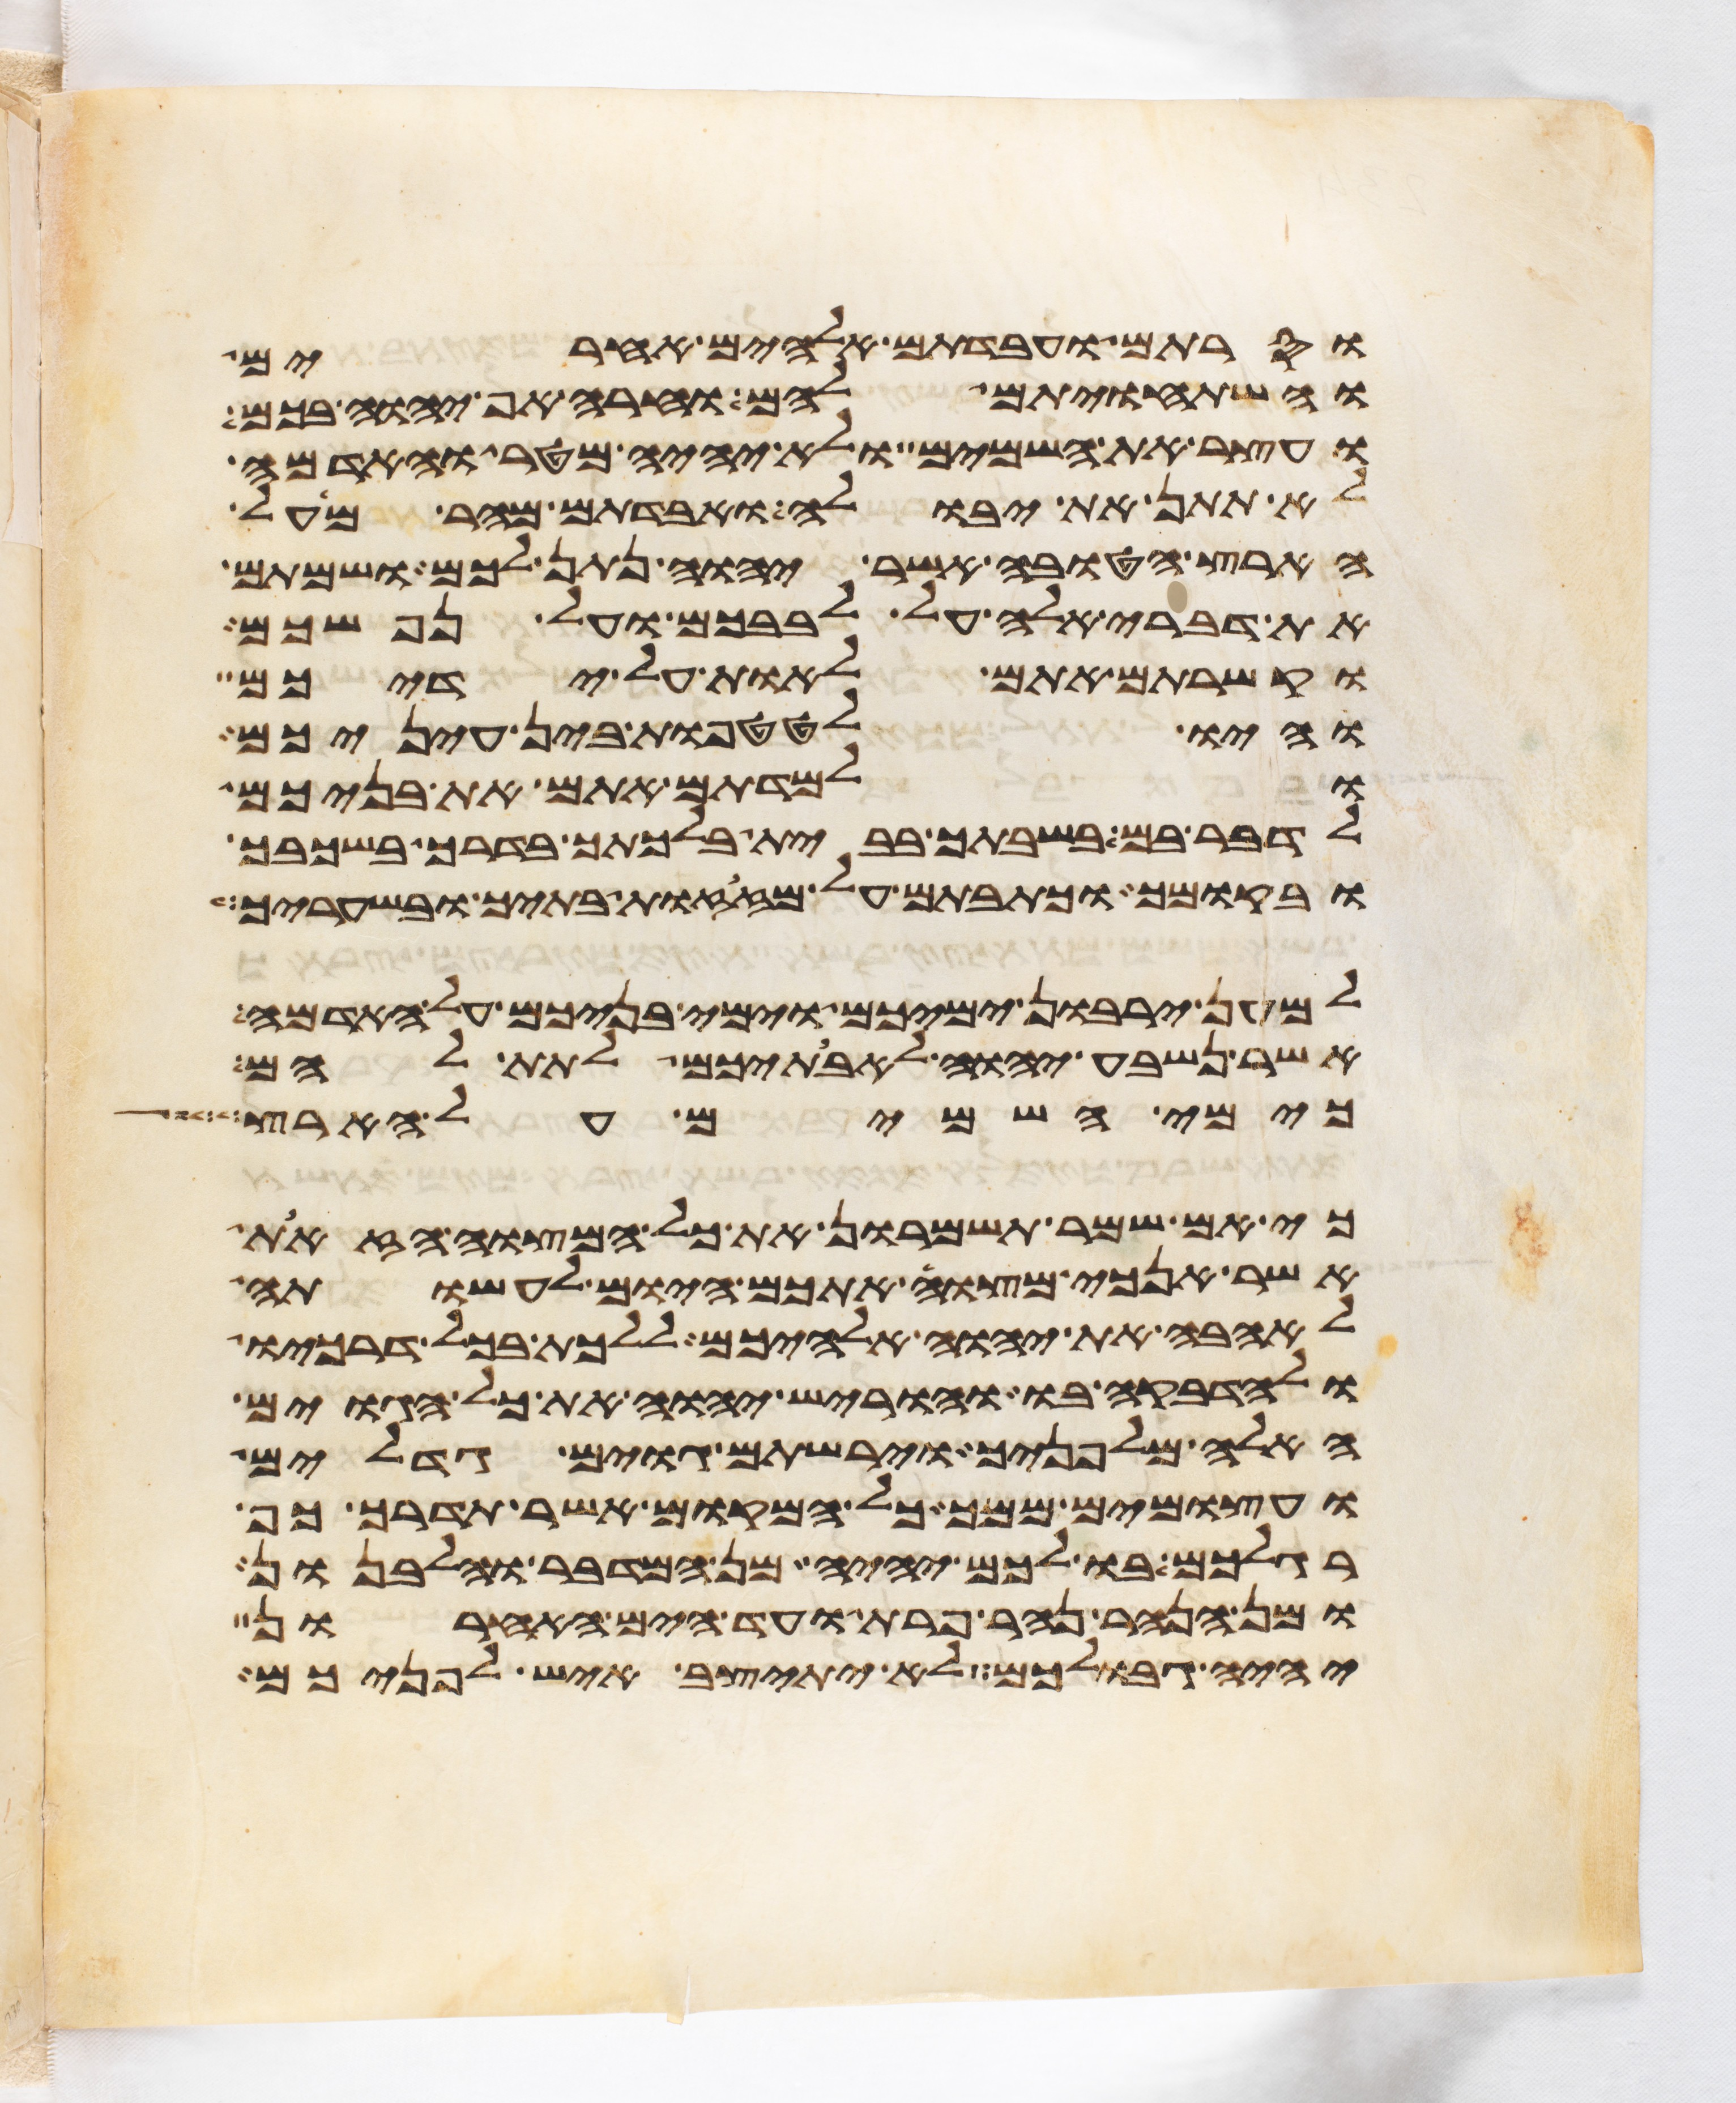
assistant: וסרתם ועבדתם אלהים אחרים
והשתחויתם להם וחרה אף יהוה בכם
ועצר את השמים ולא יהיה מטר והאדמה
לא תתן את יבולה ואבדתם מהר מעל
הארץ הטובה אשר יהוה נתן לכם ושמתם
את דברי אלה על לבבכם ועל נפשכם
וקשרתם אתם לאות על ידיכם
והיו לטטפות בין עיניכם
ולמדתם אתם את בניכם
לדבר בם בשבתך בבית בלכתך בדרך בשכבך
ובקומך וכתבתם על מזזות בתיך ובשעריך
למען ירבון ימיכם וימי בניכם על האדמה
אשר נשבע יהוה לאבתיכם לתת להם
כימי השמים על הארץ
כי אם שמר תשמרון את כל המצוה הזאת
אשר אנכי מצוה אתכם היום לעשותה
לאהבה את יהוה אלהיכם ללכת בכל דרכיו
ולהדבקה בו והוריש יהוה את כל הגוים
האלה מלפניך וירשתם גוים גדלים
ועצמים ממך כל המקום אשר תדרך כף
רגלכם בו לכם יהיה מן המדבר והלבנון
ומן הנהר נהר פרת ועד הים האחרון
יהיה גבולכם לא יתיצב איש לפניכם